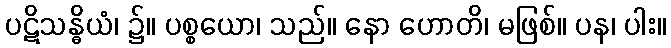
ပဋိသန္ဓိယံ၊ ၌။ ပစ္စယော၊ သည်။ နော ဟောတိ၊ မဖြစ်။ ပန၊ ပါး။